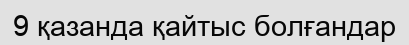
9 қазанда қайтыс болғандар